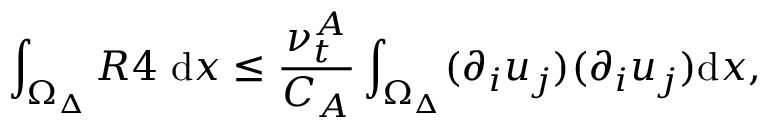
\int _ { \Omega _ { \Delta } } R 4 ~ \mathrm { d } x \leq \frac { \nu _ { t } ^ { A } } { C _ { A } } \int _ { \Omega _ { \Delta } } ( \partial _ { i } u _ { j } ) ( \partial _ { i } u _ { j } ) \mathrm { d } x ,